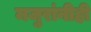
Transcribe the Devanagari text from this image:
मजुरांनीही